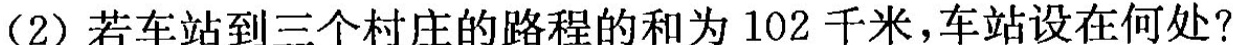
(2)若车站到三个村庄的路程的和为102千米，车站设在何处?